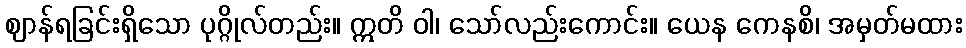
ဈာန်ရခြင်းရှိသော ပုဂ္ဂိုလ်တည်း။ ဣတိ ဝါ၊ သော်လည်းကောင်း။ ယေန ကေနစိ၊ အမှတ်မထား